Madras plague regulations in force outside the Presidency town - Volume 2
Disease focus: Plague
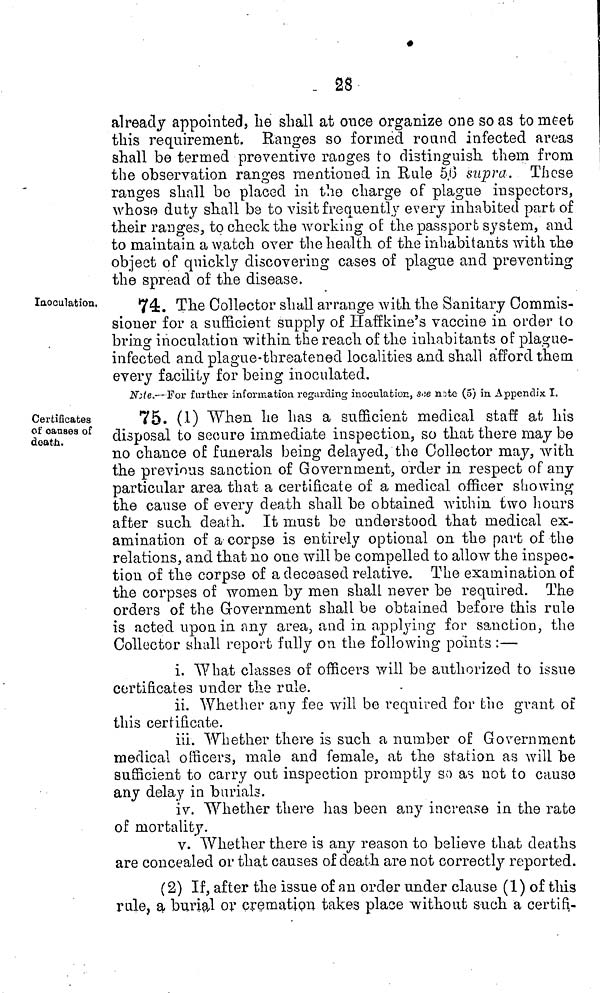
28
already appointed, he shall at once organize one so as to meet
this requirement. Ranges so formed round infected areas
shall be termed preventive ranges to distinguish them from
the observation ranges mentioned in Rule 5.0 supra. These
ranges shall bo placed in the charge of plague inspectors,
whose duty shall be to visit frequently every inhabited part of
their ranges, to check the working of the passport system, and
to maintain a watch over the health of the inhabitants with the
object of quickly discovering cases of plague and preventing
the spread of the disease.
Inoculation.
74. The Collector shall arrange with the Sanitary Commis-
sioner for a sufficient supply of Haffkine's vaccine in order to
bring inoculation within the reach of the inhabitants of plague-
infected and plague-threatened localities and shall afford them
every facility for being inoculated.
Note.— For further information regarding inoculation, see note (5) in Appendix I.
Certificates
of causes of
death.
75. (-1) When he has a sufficient medical staff at his
disposal to secure immediate inspection, so that there may be
no chance of funerals being delayed, the Collector may, with
the previous sanction of Government, order in respect of any
particular area that a certificate of a medical officer showing
the cause of every death shall be obtained within two hours
after such death. It must be understood that medical ex-
amination of a corpse is entirely optional on the part of the
relations, and that no one will be compelled to allow the inspec-
tion of the corpse of a deceased relative. The examination of
the corpses of women by men shall never be required. The
orders of the Government shall be obtained before this rule
is acted upon in any area, and in applying for sanction, the
Collector shall report fully on the following points :—
i. What classes of officers will be authorized to issue
certificates under the rule.
ii. Whether any fee will be required for the grant of
this certificate.
iii. Whether there is such a number of Government
medical officers, male and female, at the station as will be
sufficient to carry out inspection promptly so as not to cause
any delay in burials.
iv. Whether there has been any increase in the rate
of mortality.
v. Whether there is any reason to believe that deaths
are concealed or that causes of death are not correctly reported.
(2) If, after the issue of an order under clause (1) of this
rule, a burial or cremation takes place without such a certifi-